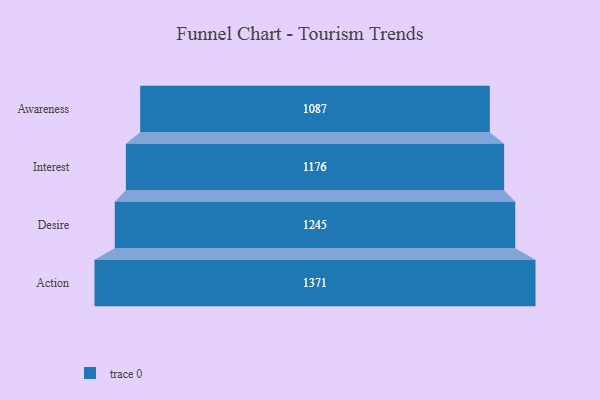
{"axis": {"x": "Stage", "y": "Value"}, "legend": [""], "data": [{"x": "Awareness", "y": 1087.0, "type": ""}, {"x": "Interest", "y": 1176.0, "type": ""}, {"x": "Desire", "y": 1245.0, "type": ""}, {"x": "Action", "y": 1371.0, "type": ""}]}